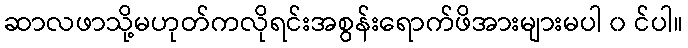
ဆာလဖာသို့မဟုတ်ကလိုရင်းအစွန်းရောက်ဖိအားများမပါ ၀ င်ပါ။